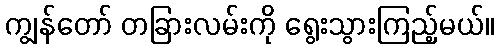
ကျွန်တော် တခြားလမ်းကို ရွေးသွားကြည့်မယ်။